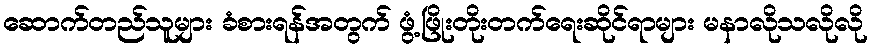
ဆောက်တည်သူများ ခံစားရန်အတွက် ဖွံ့ဖြိုးတိုးတက်ရေးဆိုင်ရာများ မနာလိုသလိုလို